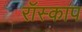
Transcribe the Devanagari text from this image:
रॉस्काप